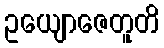
ဥယျောဇေတူတိ